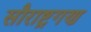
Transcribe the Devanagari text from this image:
सौराष्ट्रगण